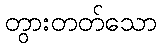
တွားတတ်သော